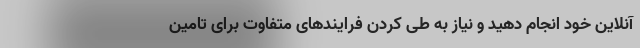
آنلاین خود انجام دهید و نیاز به طی کردن فرایندهای متفاوت برای تامین